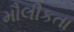
મૌલીકતા